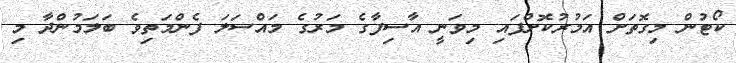
ކޯޓުން މިގޮތަށް އަމުރުކޮށްފައި މިވަނީ އާސިފާގެ މަރުގެ މައްސަލަ ފެންމަތިވެ ބަލަމުންދާ މި